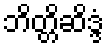
ဘိတ္တိဆိဒ္ဒံ